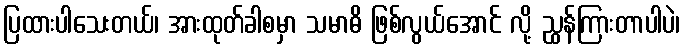
ပြထားပါသေးတယ်၊ အားထုတ်ခါစမှာ သမာဓိ ဖြစ်လွယ်အောင် လို့ ညွှန်ကြားတာပါပဲ၊